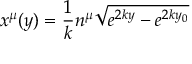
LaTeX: x ^ { \mu } ( y ) = { \frac { 1 } { k } } n ^ { \mu } \sqrt { e ^ { 2 k y } - e ^ { 2 k y _ { 0 } } }